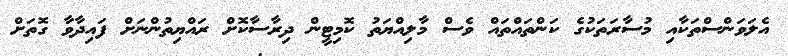
އެލަވަންސްތަކާއި މުސާރަތަކުގެ ކަންތައްތައް ވެސް މާލިއްޔަތު ކޮމިޓީން ދިރާސާކޮށް ރައްޔިތުންނަށް ފައިދާވާ ގޮތަށް